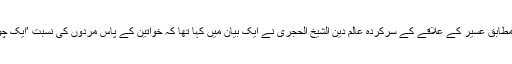
العربیہ ڈاٹ نیٹ کے مطابق عسیر کے علاقے کے سرکردہ عالم دین الشیخ الحجری نے ایک بیان میں کہا تھا کہ خواتین کے پاس مردوں کی نسبت ’ایک چوتھائی عقل’ ہوتی ہے۔